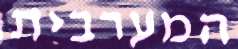
המערבית